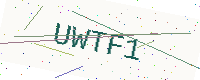
Text: UWTF1